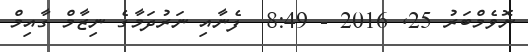
ނޮވެމްބަރު 25